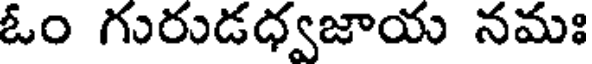
ఓం గురుడధ్వజాయ నమః